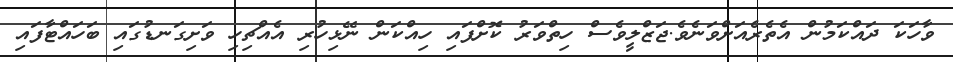
ވާހަކަ ދައްކަމުން އެތެރެއަށްވަނެވެ.ޖަޒްލީވެސް ހިތްވަރު ކޮށްފައި ހިއްކަން ނޭޅިހުރި އެއްޗިހި ވަށިގަނޑުގައި ބަހައްޓާފައި